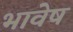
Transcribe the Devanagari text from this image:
भावेष